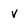
Character: v